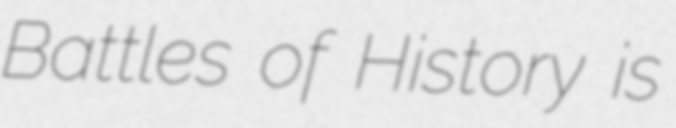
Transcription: Battles of History is